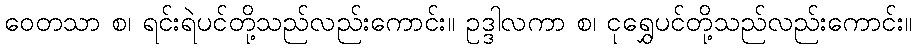
ဝေတသာ စ၊ ရင်းရဲပင်တို့သည်လည်းကောင်း။ ဥဒ္ဒါလကာ စ၊ ငုရွှေပင်တို့သည်လည်းကောင်း။